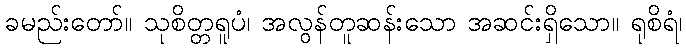
ခမည်းတော်။ သုစိတ္တရူပံ၊ အလွန်တူဆန်းသော အဆင်းရှိသော။ ရုစိရံ၊